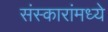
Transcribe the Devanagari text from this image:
संस्कारांमध्ये